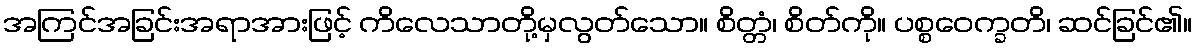
အကြင်အခြင်းအရာအားဖြင့် ကိလေသာတို့မှလွတ်သော။ စိတ္တံ၊ စိတ်ကို။ ပစ္စဝေက္ခတိ၊ ဆင်ခြင်၏။